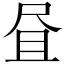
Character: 𱚹